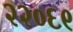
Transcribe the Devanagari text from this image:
२२०६९